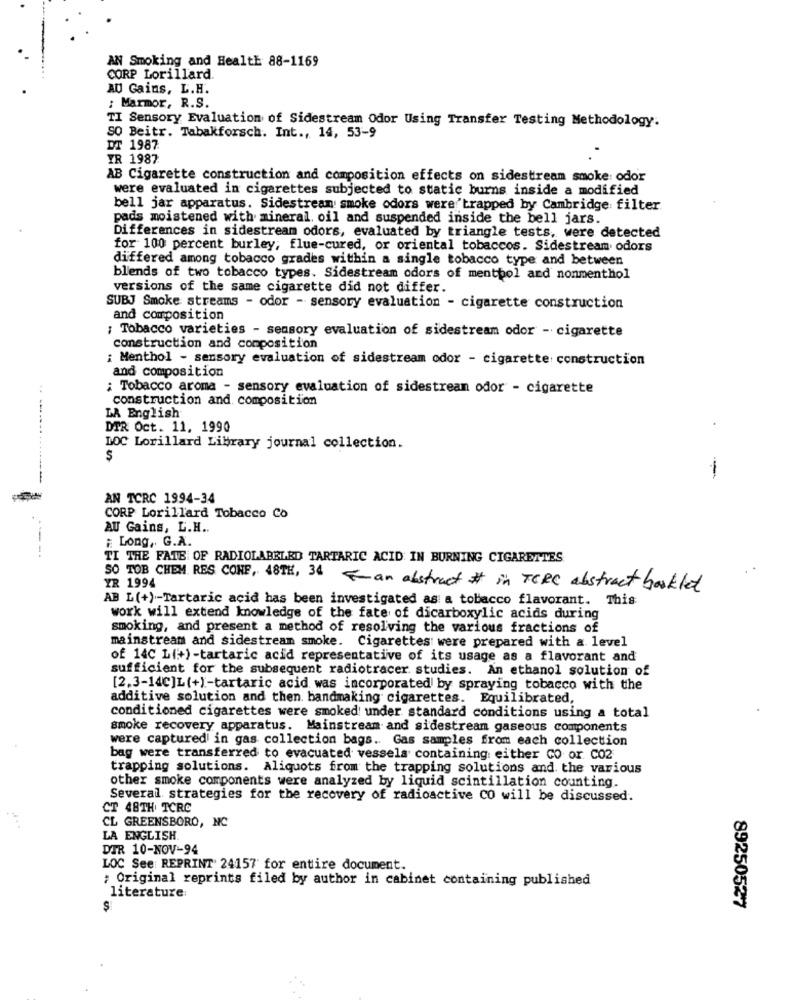
AN Smoking and HealtE 88-1169
CORP Lorillard.
AU Gains, L.H.
: Marmor, R.S.
TI Sensory Evaluation of Sidestream Odor Using Transfer Testing Methodology.
SO Beitr. Tabakforsch. Int ., 14, 53-9
DT 1987
YR 1987
AB Cigarette construction and composition effects on sidestream smoke: odor
were evaluated in cigarettes subjected to static burns inside a modified
bell jar apparatus. Sidestream smoke odors were trapped by Cambridge filter
pads moistened with mineral oil and suspended inside the bell jars.
Differences in sidestream odors, evaluated by triangle tests, were detected
for 100 percent burley; flue-cured, or oriental tobaccos. Sidestream odors
differed among tobacco grades within a single tobacco type and between
blends of two tobacco types. Sidestream odors of mentpol and nonmenthol
versions of the same cigarette did not differ.
SUBJ Smoke streams - odor - sensory evaluation - cigarette construction
and composition
; Tobacco varieties - sensory evaluation of sidestream odor - cigarette
construction and composition
¿ Menthol - sensory evaluation of sidestream odor - cigarette construction
and composition
; Tobacco aroma - sensory evaluation of sidestream odor - cigarette
construction and composition
LA English
DTR Oct. 11, 1990
DOC Lorillard Library journal collection.
$
--
AN TCRC 1994-34
CORP Lorillard Tobacco Co
AU Gains, L.H ..
# Long, G.A.
TI THE FATE OF RADIOLABELED TARTARIC ACID IN BURNING CIGARETTES
YR 1994
SO TOB CHEM RES CONE, 48TH, 34 an abstract # in TCRC abstract booklet
AB L(+) -- Tartaric acid has been investigated as a tobacco flavorant. This
work will extend knowledge of the fate of dicarboxylic acids during
smoking, and present a method of resolving the various fractions of
mainstream and sidestream smoke. Cigarettes were prepared with a level
of 14C L(++)-tartaric acid representative of its usage as a flavorant and
sufficient for the subsequent radiotracer studies. An ethanol solution of
[2.3-14C]L(+)-tartaric acid was incorporated by spraying tobacco with the
additive solution and then. handmaking cigarettes. Equilibrated,
conditioned cigarettes were smoked under standard conditions using a total
smoke recovery apparatus. Mainstream and sidestream gaseous components
were captured in gas collection bags .. Gas samples from each collection
bag were transferred to evacuated vessels containing either CO or C02
trapping solutions. Aliquots from the trapping solutions and the various
other smoke components were analyzed by liquid scintillation counting.
Several strategies for the recovery of radioactive CO will be discussed.
CT 48TH TCRC
L GREENSBORO, NC
LA ENGLISH.
DIR 10-NOV-94
LOC See: REPRINT' 24157 for entire document.
; Original reprints filed by author in cabinet containing published
literature:
89250527